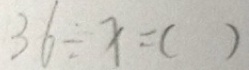
3 6 \div x = ( )